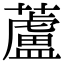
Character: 蘆